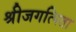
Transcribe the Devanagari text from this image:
श्रीजगत्पिता